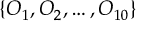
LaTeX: \{ O _ { 1 } , O _ { 2 } , \ldots , O _ { 1 0 } \}